system: You are a helpful assistant.
user:
Analyze the provided spectrum to determine if it is a **Carbon Star (C-type)**.

- **Key Visual Indicators of Carbon Star:**
    - **(Primary):** Strong molecular absorption from **C₂ (diatomic carbon) "Swan Bands."** This is the **defining feature** of a carbon star.
        - **(Key Bandheads):** Sharp absorption edges are visible at approximately $5635$ Å, $5165$ Å (the strongest band), and $4737$ Å.
        - **(Line Profile):** Creates a distinct **"saw-tooth"** pattern. The key morphology is a sharp, steep bandhead on the **red (long-wavelength) side**, which then gradually tapers off (i.e., flux recovers) towards the **blue (short-wavelength) side**. *(This is the direct opposite of the TiO bands seen in M-type stars)*.

    - **(Secondary):** Intense **CN (cyanogen)** molecular absorption bands.
        - **(Key Bandheads):** Located in the blue and violet regions of the spectrum (e.g., near $4215$ Å and $3883$ Å).
        - **(Morphology):** These bands are extremely broad and act as a "blanket," absorbing the vast majority of blue and violet light. This creates a characteristic **"cliff"** or **"steep drop-off"** in the spectrum's flux at short wavelengths.

    - **(Key Confirmation):** Strong **CH absorption band (G-band)**.
        - **(Key Bandhead):** Located around $4300$ Å. The contribution from CH molecules to this band is exceptionally strong.

    - **(Overall Spectrum):**
        - The continuum is severely "chopped up" by these deep molecular bands, especially C₂, rather than appearing as a smooth curve.
        - Due to the heavy CN and C₂ absorption in the blue-green, the vast majority of the star's flux is concentrated in the red part of the spectrum, giving the star its characteristic deep red color.

Think first, call **spectral_visualization_tool** if needed to examine features in detail, then provide your final answer. Your response must adhere to the following strict rules:
1.  **Overall Structure:** Your response must follow the format `<think>...</think> <tool_call>...</tool_call> (if a tool is used) <answer>...</answer>`.
2.  **Tool Usage Constraint:** You may only make **one** tool call per turn.
3.  **Final Answer Format:** In the `<answer>` tag, your conclusion must be inside a `\boxed{}` command (e.g., `\boxed{YES}`), followed by your justification.

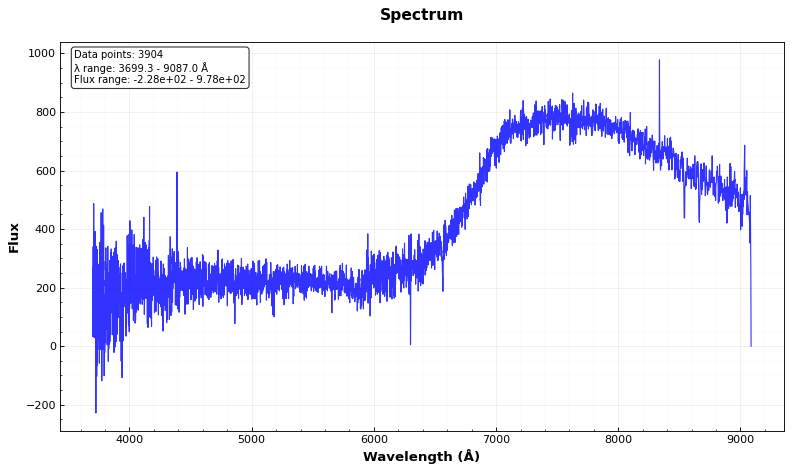
Answer: NO